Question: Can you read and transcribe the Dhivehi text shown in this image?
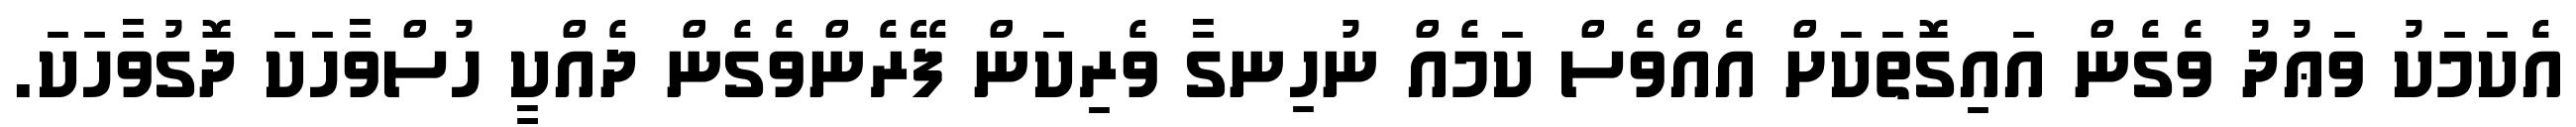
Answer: އެކަމަކު ވަޢުދު ވެގެން އައިގޮތަކަށް އެއްވެސް ކަމެއް ނުހިނގާ ވެރިކަން ފޭރެންވެގެން ދެއްކީ ހުސްވާހަކަ ދޮގުވާހަކަ.